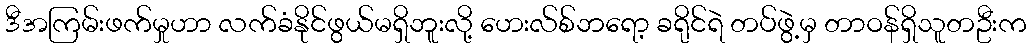
ဒီအကြမ်းဖက်မှုဟာ လက်ခံနိုင်ဖွယ်မရှိဘူးလို့ ဟေးလ်စ်ဘရော့ ခရိုင်ရဲ တပ်ဖွဲ့မှ တာဝန်ရှိသူတဦးက